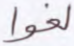
لغوا